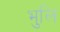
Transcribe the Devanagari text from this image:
भुलि